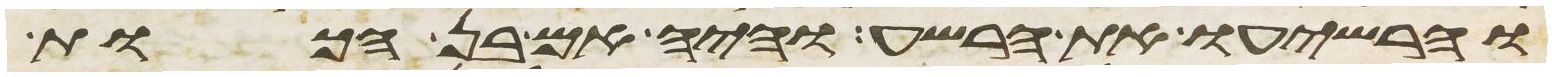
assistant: והרשיעו את הרשע והיה אם בן הכות